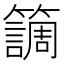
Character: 𥶏